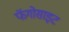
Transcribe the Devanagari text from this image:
फॅगोसाइट